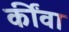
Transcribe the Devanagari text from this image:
कींवा